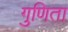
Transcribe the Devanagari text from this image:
गुणिता